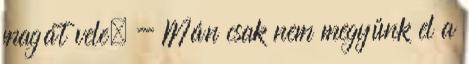
magát vele. - Mán csak nem megyünk el a